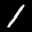
Label: 1